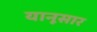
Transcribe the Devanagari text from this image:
यानूसार